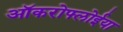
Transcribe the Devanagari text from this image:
ऑकरोफ्लोईया